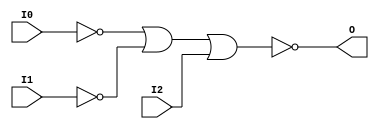
module NOR3B2 (O, I0, I1, I2);

    output O;

    input  I0, I1, I2;

    wire i0_inv;
    wire i1_inv;

    not N1 (i1_inv, I1);
    not N0 (i0_inv, I0);
    nor O1 (O, i0_inv, i1_inv, I2);


endmodule